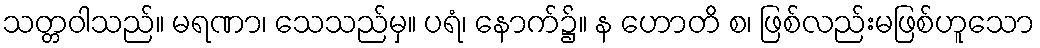
သတ္တဝါသည်။ မရဏာ၊ သေသည်မှ။ ပရံ၊ နောက်၌။ န ဟောတိ စ၊ ဖြစ်လည်းမဖြစ်ဟူသော